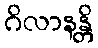
ဂိလာနန္တိ